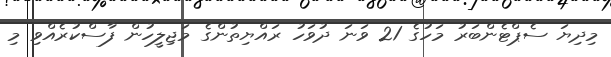
މިދިޔަ ސެޕްޓެންބަރު މަހުގެ 21 ވަނަ ދުވަހު ރައްޔިތުންގެ މަޖިލީހުން ފާސްކުރެއްވި މި